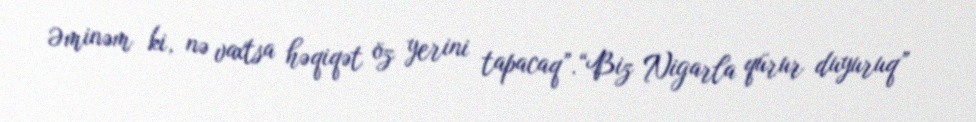
Əminəm ki, nə vaxtsa həqiqət öz yerini tapacaq”.“Biz Nigarla qürur duyuruq”